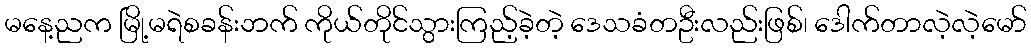
မနေ့ညက မြို့မရဲစခန်းဘက် ကိုယ်တိုင်သွားကြည့်ခဲ့တဲ့ ဒေသခံတဦးလည်းဖြစ်၊ ဒေါက်တာလဲ့လဲ့မော်